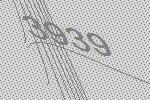
3939